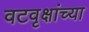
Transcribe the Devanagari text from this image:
वटवृक्षांच्या